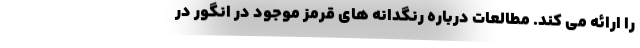
را ارائه می کند. مطالعات درباره رنگدانه های قرمز موجود در انگور در